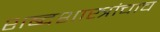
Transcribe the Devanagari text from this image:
शब्दशास्त्रांचाच